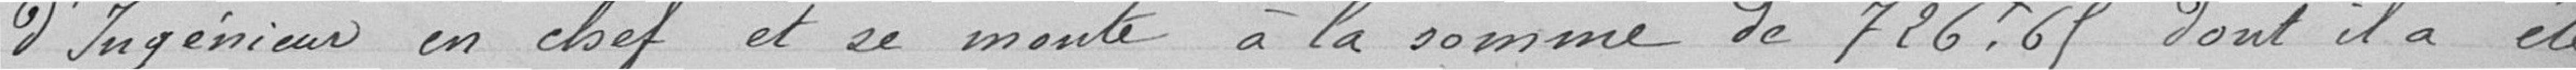
D'Ingénieur en Chef et se monte à la somme de 726F69 dont il a été